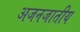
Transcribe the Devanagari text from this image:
अजनजातीय